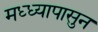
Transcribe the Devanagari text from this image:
मध्ध्यापासुन